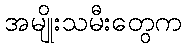
အမျိုးသမီးတွေက